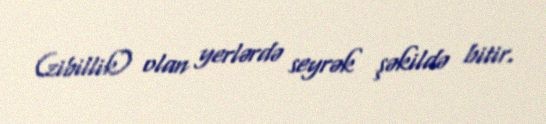
(zibillik) olan yerlərdə seyrək şəkildə bitir.